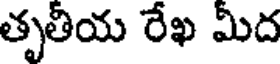
తృతీయ రేఖ మీద